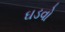
ઘડવો